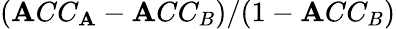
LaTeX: (\mathbf{A}CC_{\mathbf{A}}-\mathbf{A}CC_{B})/(1-\mathbf{A}CC_{B})